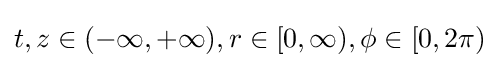
t,z\in (-\infty ,+\infty ),r\in [0,\infty ),\phi \in [0,2\pi )